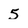
Character: 5